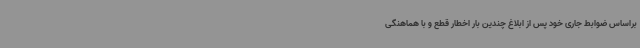
براساس ضوابط جاری خود پس از ابلاغ چندین بار اخطار قطع و با هماهنگی